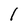
Character: 1